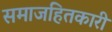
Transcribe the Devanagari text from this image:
समाजहितकारी